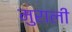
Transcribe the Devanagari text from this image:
मुराली